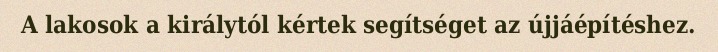
A lakosok a királytól kértek segítséget az újjáépítéshez.